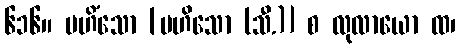
၆၁၆။ မဟိံသော [မဟိသော (သီ.)] စ လုလာယော ထ၊